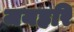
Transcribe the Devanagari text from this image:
जयहरि